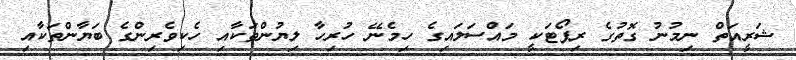
ޝަރީއަތް ނިމުނު ގޮތުގެ ރިޕޯޓަކީ މައްސަލައިގެ ހިމެނޭ ހުރިހާ ލިޔުންތަކާއި ހެކިވެރިންގެ ބަޔާންތަކާއި